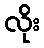
လိုး